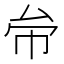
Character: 𠫦